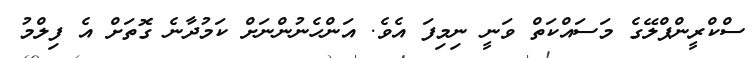
ސްކްރީންޕްލޭގެ މަސައްކަތް ވަނީ ނިމިފަ އެވެ. އަންހެނުންނަށް ކަމުދާނެ ގޮތަށް އެ ފިލްމު